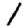
Digit: 1